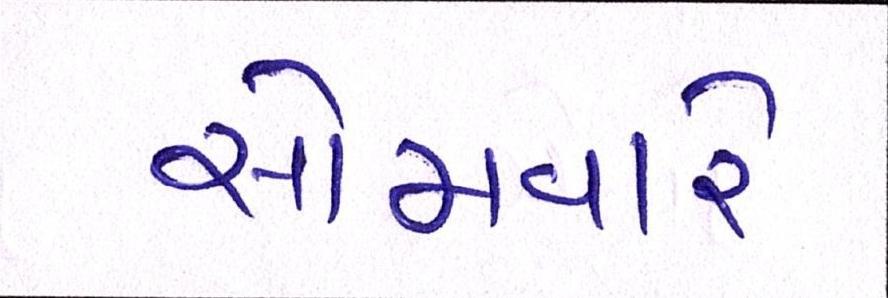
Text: સોમવારે